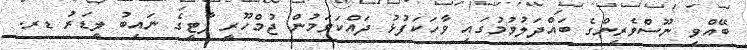
ބޭއްވި ނޫސްވެރިންގެ ބައްދަލުވުމުގައި ވާހަކަފުޅު ދައްކަވަމުން ޖުމްހޫރީ ޕާޓީގެ ނައިބު ލީޑަރު ޑރ.